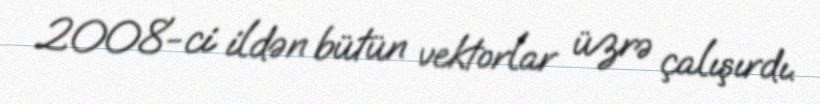
2008-ci ildən bütün vektorlar üzrə çalışırdı.